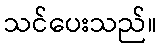
သင်ပေးသည်။